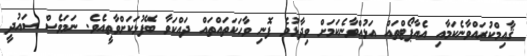
ޤާއިމްކުރައްވާނެކަމާއި އެއާޕޯޓްތައް އަޅުއްވާނެކަމަށް ވިދާޅުވެ ފޮނި ވާހަކަތައްތައް ދައްކަވާ ބޭފުޅަކަށްވާތީއެވެ. ނަމަވެސް ސައުދީ